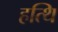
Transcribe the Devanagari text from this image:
हत्थि